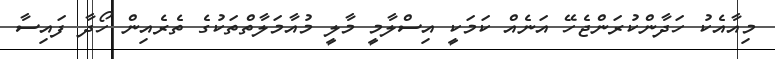
މިއާއެކު ހަދާންކުރަންޖެހޭ އަނެއް ކަމަކީ އިސްލާމީ މާލީ މުއާމަލާތްތަކުގެ ތެރެއިން ހޯދާ ފައިސާ